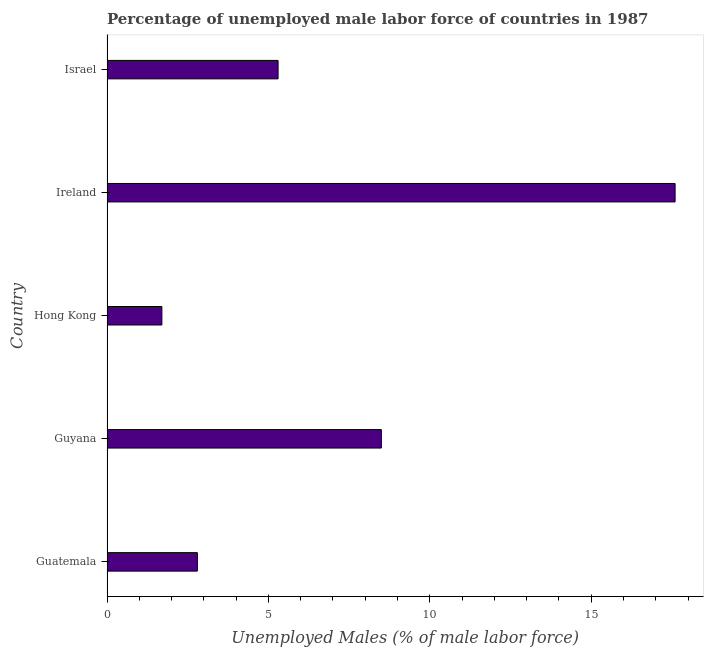
| Country | Unemployment male |
 | --- | --- |
 | Guatemala | 2.8 |
 | Guyana | 8.5 |
 | Hong Kong | 1.7 |
 | Ireland | 17.6 |
 | Israel | 5.3 |